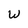
Character: W